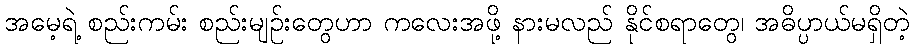
အမေ့ရဲ့ စည်းကမ်း စည်းမျဉ်းတွေဟာ ကလေးအဖို့ နားမလည် နိုင်စရာတွေ၊ အဓိပ္ပာယ်မရှိတဲ့